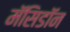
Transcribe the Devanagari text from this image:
मॅसिडॉन